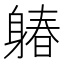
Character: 𨉩